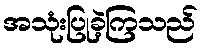
အသုံးပြုခဲ့ကြသည်